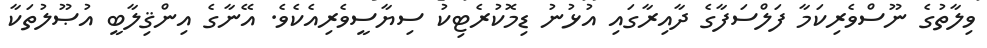
ވިލާތުގެ ނޫސްވެރިކަމާ ފަލްސަފާގެ ދާއިރާގައި އުޅުނު ޑިމޮކުރެޓިކު ސިޔާސީވެރިއެކެވެ. އޭނާގެ އިންޤިލާބީ އުޞޫލުތަކާ